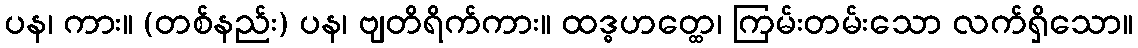
ပန၊ ကား။ (တစ်နည်း) ပန၊ ဗျတိရိက်ကား။ ထဒ္ဓဟတ္ထေ၊ ကြမ်းတမ်းသော လက်ရှိသော။